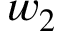
w _ { 2 }